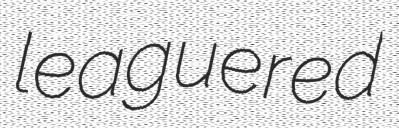
leaguered